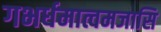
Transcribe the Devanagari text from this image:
गभर्धमात्वमजासि